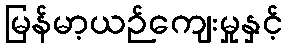
မြန်မာ့ယဉ်ကျေးမှုနှင့်